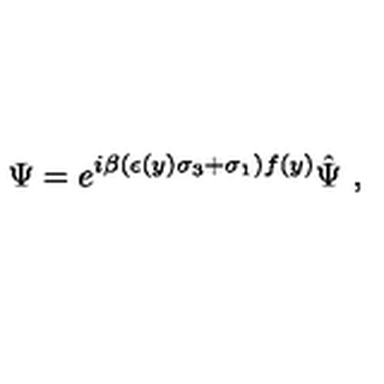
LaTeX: \Psi = e ^ { i \beta ( \epsilon ( y ) \sigma _ { 3 } + \sigma _ { 1 } ) f ( y ) } \hat { \Psi } \ ,